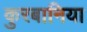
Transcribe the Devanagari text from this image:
कुरबानिया